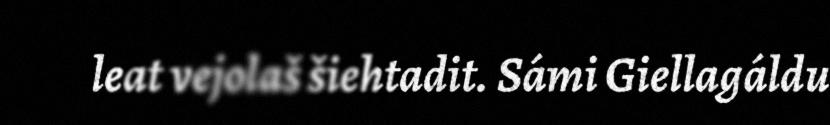
leat vejolaš šiehtadit. Sámi Giellagáldu